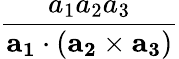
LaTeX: \frac{a_{1}a_{2}a_{3}}{\mathbf{a_{1}}\cdot(\mathbf{a_{2}}\times\mathbf{a_{3}})}